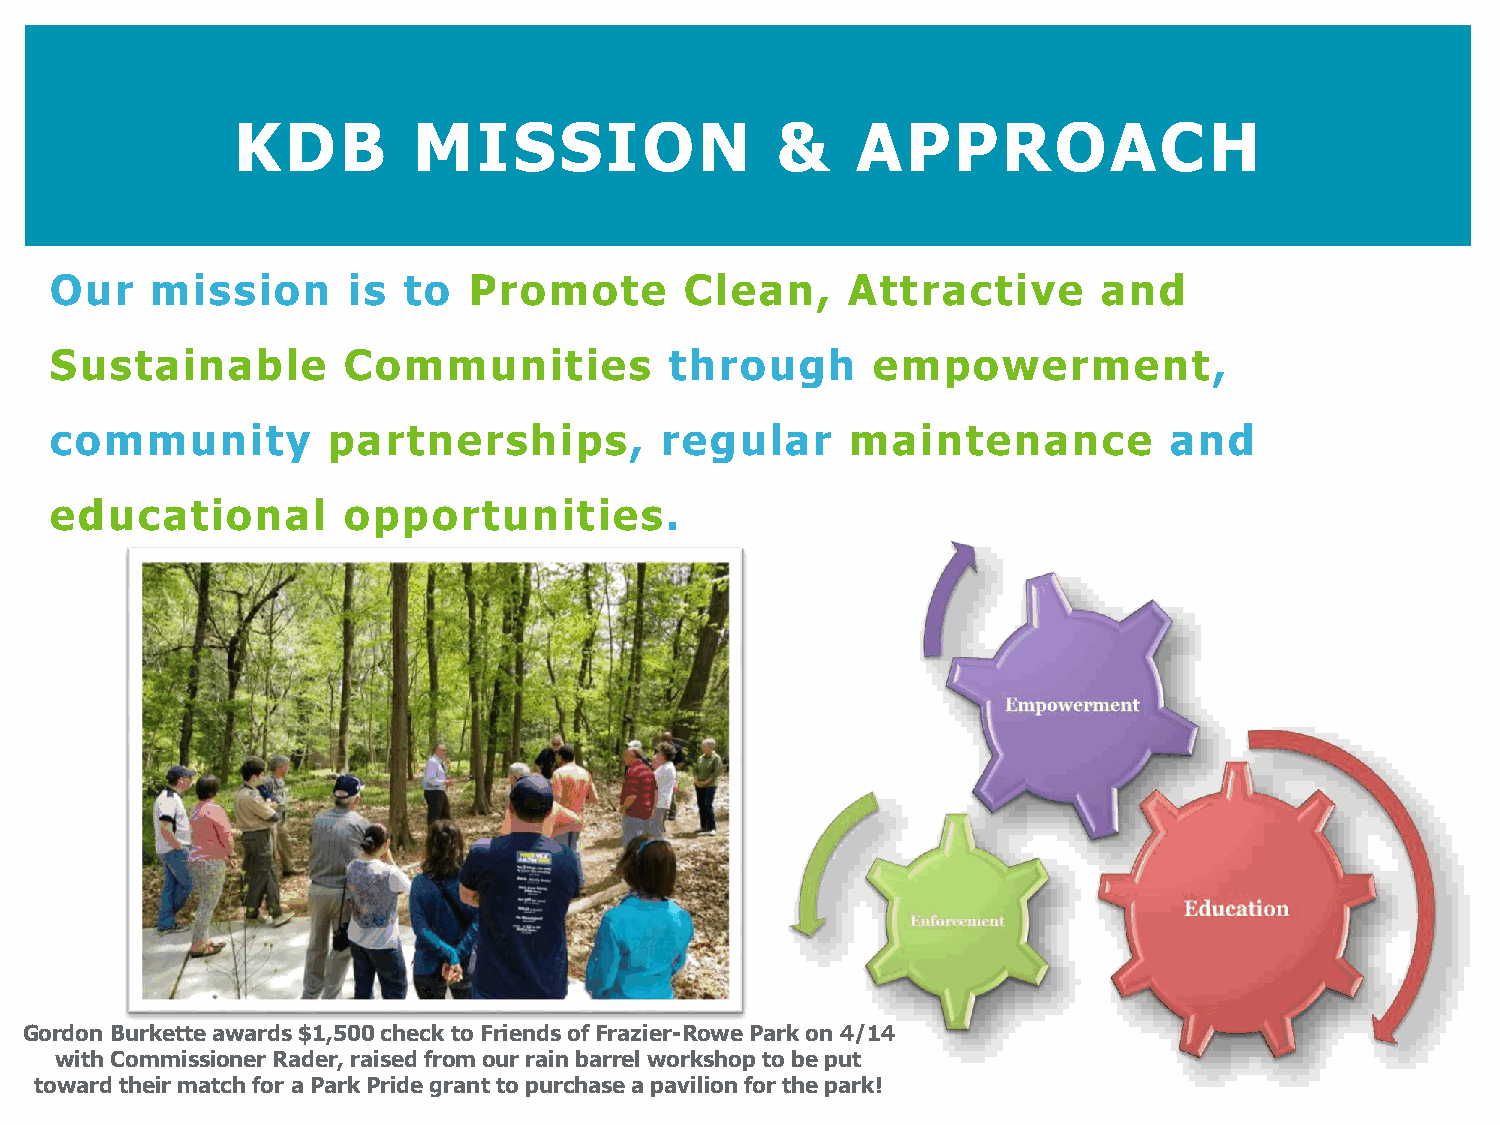
KDB        MISSION                 &     APPROACH
 Our    mission      is  to  Promote       Clean,     Attractive       and
 Sustainable         Communities          through       empowerment,
 community          partnerships,         regular     maintenance          and
 educational         opportunities.
 Gordon Burkette awards $1,500 check to Friends of Frazier-Rowe Park on 4/14
 with Commissioner Rader, raised from our rain barrel workshop to be put
 toward their match for a Park Pride grant to purchase a pavilion for the park!